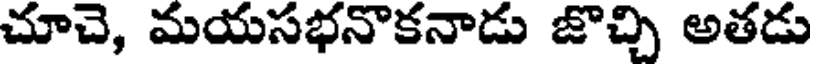
చూచె, మయసభనొకనాడు జొచ్చి అతడు